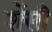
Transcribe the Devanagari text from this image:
शेंसी